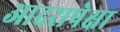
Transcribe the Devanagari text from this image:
आदरापेक्षा